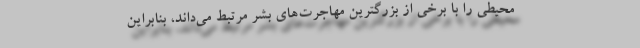
محیطی را با برخی از بزرگترین مهاجرت‌های بشر مرتبط می‌داند، بنابراین